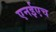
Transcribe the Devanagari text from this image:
एनईएच